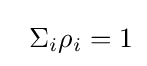
\;\;\Sigma _{i}\rho _{i}=1